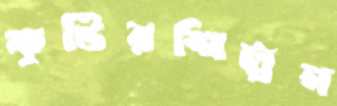
কুটিরশিল্পন